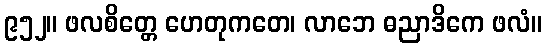
၉၅၂။ ဖလစိတ္တေ ဟေတုကတေ၊ လာဘေ ဓညာဒိကေ ဖလံ။